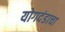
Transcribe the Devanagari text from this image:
योगदंडाचा